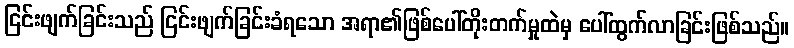
ငြင်းဖျက်ခြင်းသည် ငြင်းဖျက်ခြင်းခံရသော အရာ၏ဖြစ်ပေါ်တိုးတက်မှုထဲမှ ပေါ်ထွက်လာခြင်းဖြစ်သည်။